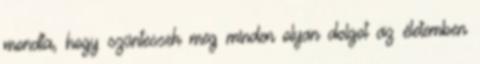
mondta, hogy szüntessek meg minden olyan dolgot az életemben